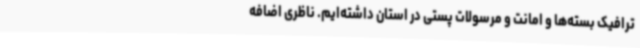
ترافیک بسته‌ها و امانت و مرسولات پستی در استان داشته‌ایم. ناظری اضافه